Indian journal of veterinary science and animal husbandry - Volume 9,
Year: 1939
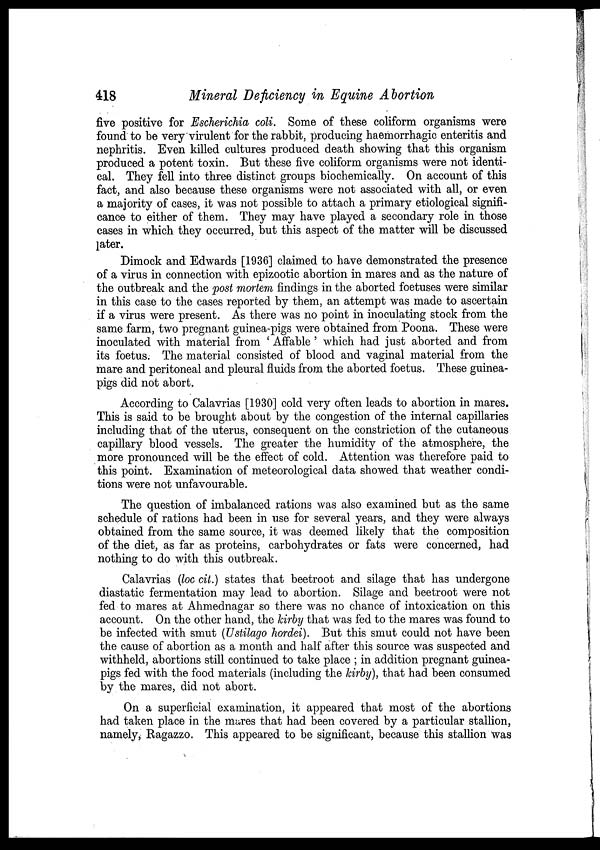
418
Mineral Deficiency in Equine Abortion
five positive for Escherichia coli. Some of these coliform organisms were
found to be very virulent for the rabbit, producing haemorrhagic enteritis and
nephritis. Even killed cultures produced death showing that this organism
produced a potent toxin. But these five coliform organisms were not identi-
cal. They fell into three distinct groups biochemically. On account of this
fact, and also because these organisms were not associated with all, or even
a majority of cases, it was not possible to attach a primary etiological signifi-
cance to either of them. They may have played a secondary role in those
cases in which they occurred, but this aspect of the matter will be discussed
later.
Dimock and Edwards [1936] claimed to have demonstrated the presence
of a virus in connection with epizootic abortion in mares and as the nature of
the outbreak and the post mortem findings in the aborted foetuses were similar
in this case to the cases reported by them, an attempt was made to ascertain
if a virus were present. As there was no point in inoculating stock from the
same farm, two pregnant guinea-pigs were obtained from Poona. These were
inoculated with material from ' Affable ' which had just aborted and from
its foetus. The material consisted of blood and vaginal material from the
mare and peritoneal and pleural fluids from the aborted foetus. These guinea-
pigs did not abort.
According to Calavrias [1930] cold very often leads to abortion in mares.
This is said to be brought about by the congestion of the internal capillaries
including that of the uterus, consequent on the constriction of the cutaneous
capillary blood vessels. The greater the humidity of the atmosphere, the
more pronounced will be the effect of cold. Attention was therefore paid to
this point. Examination of meteorological data showed that weather condi-
tions were not unfavourable.
The question of imbalanced rations was also examined but as the same
schedule of rations had been in use for several years, and they were always
obtained from the same source, it was deemed likely that the composition
of the diet, as far as proteins, carbohydrates or fats were concerned, had
nothing to do with this outbreak.
Calavrias (loc cit.) states that beetroot and silage that has undergone
diastatic fermentation may lead to abortion. Silage and beetroot were not
fed to mares at Ahmednagar so there was no chance of intoxication on this
account. On the other hand, the kirby that was fed to the mares was found to
be infected with smut (Ustilago hordei). But this smut could not have been
the cause of abortion as a month and half after this source was suspected and
withheld, abortions still continued to take place ; in addition pregnant guinea-
pigs fed with the food materials (including the kirby), that had been consumed
by the mares, did not abort.
On a superficial examination, it appeared that most of the abortions
had taken place in the mares that had been covered by a particular stallion,
namely, Ragazzo. This appeared to be significant, because this stallion was